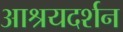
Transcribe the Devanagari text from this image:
आश्रयदर्शन